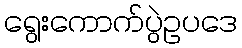
ရွေးကောက်ပွဲဥပဒေ